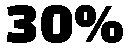
30%